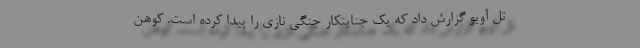
تل آویو گزارش داد که یک جنایتکار جنگی نازی را پیدا کرده است. کوهن